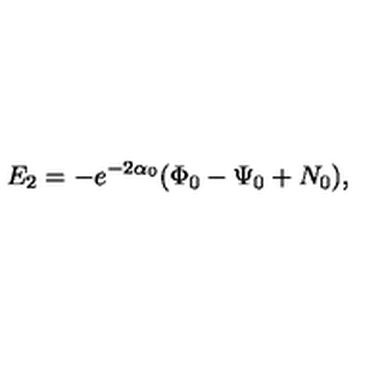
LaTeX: E _ { 2 } = - e ^ { - 2 \alpha _ { 0 } } ( \Phi _ { 0 } - \Psi _ { 0 } + N _ { 0 } ) ,